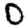
Digit: 0